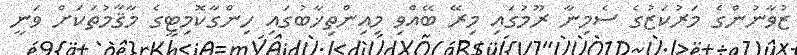
ޒުވާނުންގެ މަރުކަޒުގެ ސެމިނާ ރޫމުގައި މިރޭ ބޭއްވި މިއިންތިޚާބުގައި ހިންގާކޮމިޓީގެ މާޤާމުތަކަށް ވަނީ